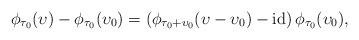
LaTeX: \begin{align*} \phi_{\tau_0}(\upsilon) - \phi_{\tau_0}(\upsilon_0) &= \left(\phi_{\tau_0 + \upsilon_0} (\upsilon - \upsilon_0) - \mathrm{id}\right) \phi_{\tau_0}(\upsilon_0), \end{align*}